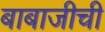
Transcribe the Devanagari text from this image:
बाबाजीची